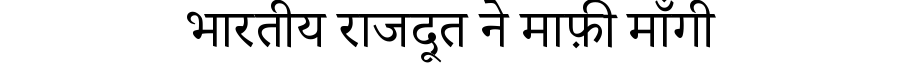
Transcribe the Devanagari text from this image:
भारतीय राजदूत ने माफ़ी माँगी